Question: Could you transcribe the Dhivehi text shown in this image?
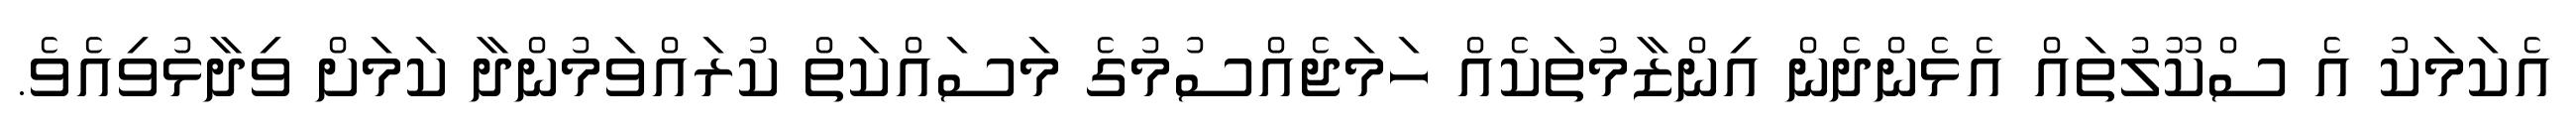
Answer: އެކަމަކު އެ ސްކޫލުތައް އެޅެންދެން އިންޒާމުތަކެއް ހަމަޖެއްސުމުގެ މަސައްކަތް ކުރައްވަމުންދާ ކަމަށް ވިދާޅުވިއެވެ.